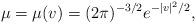
LaTeX: \begin{align*}\mu=\mu(v)=(2\pi)^{-3/2}e^{-\vert v \vert^2/2},\end{align*}